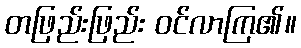
တဖြည်းဖြည်း ဝင်လာကြ၏။